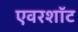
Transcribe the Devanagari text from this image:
एवरशॉट